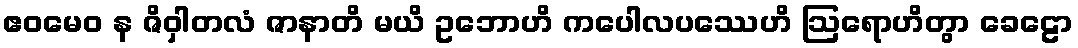
ဧဝမေဝ န ဇိဝှါတလံ ဇာနာတိ မယိ ဥဘောဟိ ကပေါလပဿေဟိ ဩရောဟိတွာ ခေဠော